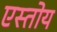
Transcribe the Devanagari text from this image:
एस्तोय